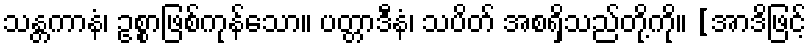
သန္တကာနံ၊ ဥစ္စာဖြစ်ကုန်သော။ ပတ္တာဒီနံ၊ သပိတ် အစရှိသည်တို့ကို။ [အာဒိဖြင့်